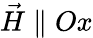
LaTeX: \vec{H}\parallel Ox